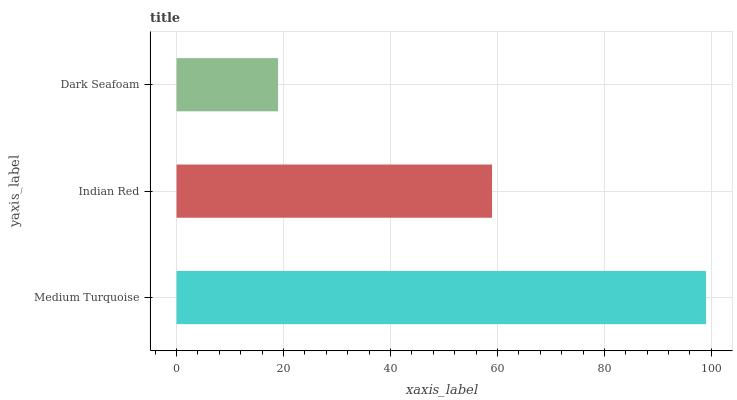
| yaxis_label | bars |
 | --- | --- |
 | Medium Turquoise | 99 |
 | Indian Red | 59 |
 | Dark Seafoam | 19 |